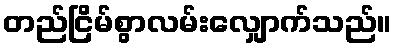
တည်ငြိမ်စွာလမ်းလျှောက်သည်။